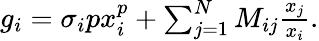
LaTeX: \begin{array}{r}{g_{i}=\sigma_{i}px_{i}^{p}+\sum_{j=1}^{N}M_{ij}\frac{x_{j}}{x_{i}}.}\end{array}